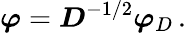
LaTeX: \boldsymbol\varphi=\boldsymbol D^{-1/2}\boldsymbol\varphi_{D}\, .